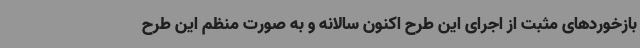
بازخوردهای مثبت از اجرای این طرح اکنون سالانه و به صورت منظم این طرح